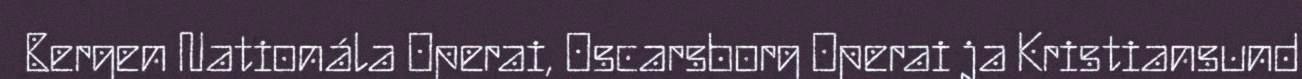
Bergen Nationála Operai, Oscarsborg Operai ja Kristiansund